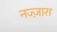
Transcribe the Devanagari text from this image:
नज्ज़ारा